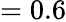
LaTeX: =0.6